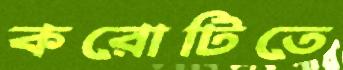
করোটিতে